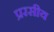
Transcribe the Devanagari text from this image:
प्ररसीय